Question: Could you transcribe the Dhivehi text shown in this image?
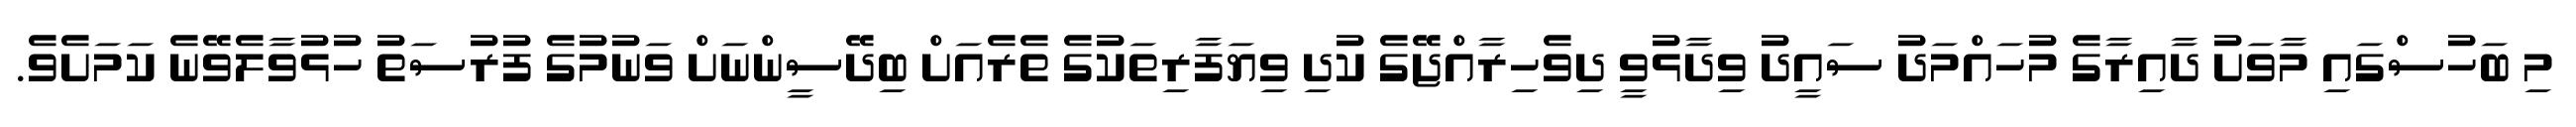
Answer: މި ބަހުސްގައި މާވަށު ދާއިރާގެ މުހައްމަދު ސައީދު ވިދާޅުވީ ދިވެހިރާއްޖޭގެ ކުދި ވިޔަފާރިތަކުގެ ތެރެއަށް ބިދޭސީންނަށް ވަނުމުގެ ފުރުސަތު ހުޅުވާލެވޭނެ ކަމަށެވެ.